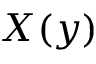
X ( y )